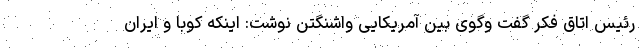
رئیس اتاق فکر گفت وگوی بین آمریکایی واشنگتن نوشت: اینکه کوبا و ایران